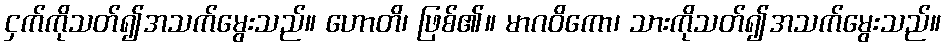
ငှက်ကိုသတ်၍အသက်မွေးသည်။ ဟောတိ၊ ဖြစ်၏။ မာဂဝိကော၊ သားကိုသတ်၍အသက်မွေးသည်။